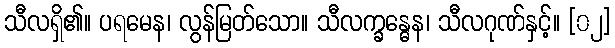
သီလရှိ၏။ ပရမေန၊ လွန်မြတ်သော။ သီလက္ခန္ဓေန၊ သီလဂုဏ်နှင့်။ [၀၂]